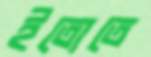
ইতোতে